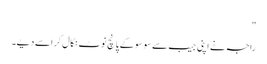
"
راجہ نے اپنی جیب سے سو سو کے پانچ نوٹ نکال کر اسے دیے۔